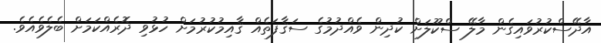
އާދޭސްކުރުވައިގެން މާލޭ ސްކޫލަށް ކުދިން ވެއްދުމުގެ ސަޤާފަތެއް ޤާއިމުކުރުމަށް ހުޅުވި ދޮރެއްކަމަށް ބެލެވެއެވެ.